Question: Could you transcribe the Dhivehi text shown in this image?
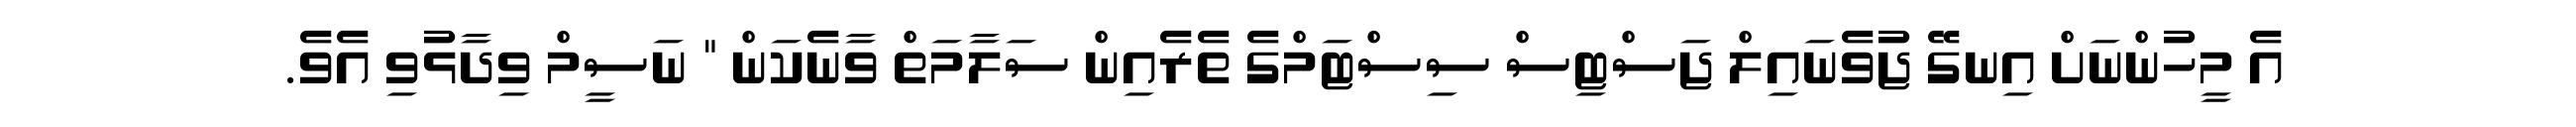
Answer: އެ މީހުންނަށް އިނގޭ ޖުވެނައިލް ޖަސްޓިސް ސިސްޓަމްގެ ތެރެއިން ސަލާމަތް ވާނެކަން " ނަސީމް ވިދާޅުވި އެވެ.